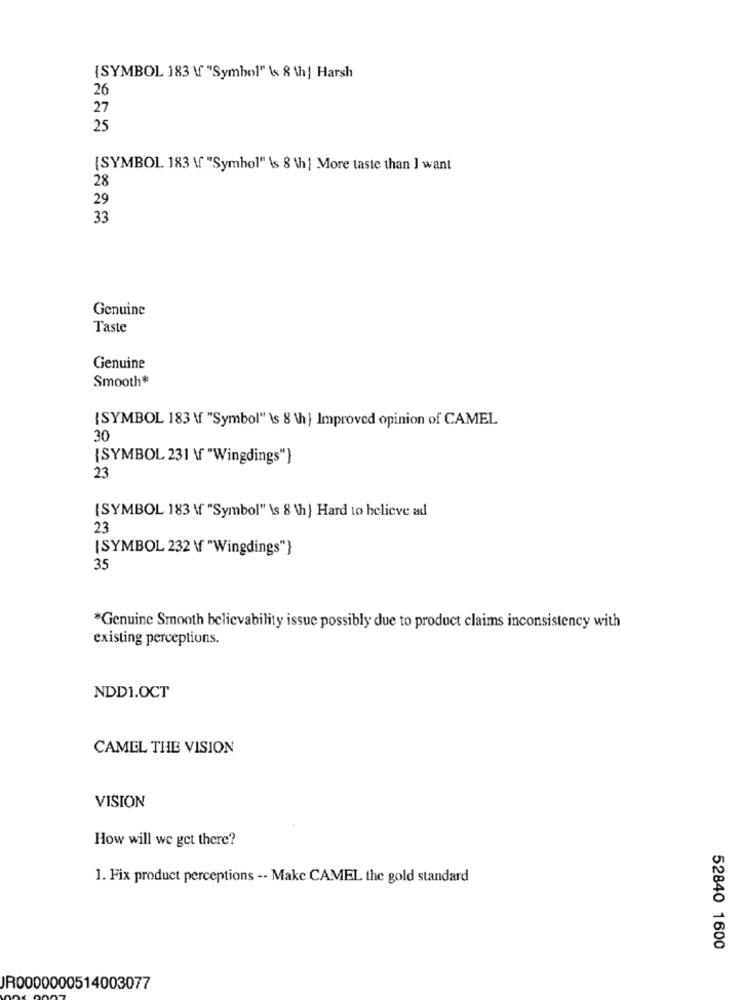
{SYMBOL 183 \f "Symbol" \s 8 th| Harsh
26
27
25
[SYMBOL 183 \ "Symbol" \s 8 \h ] More taste than ] want
28
29
33
Genuine
Taste
Genuine
Smooth*
{SYMBOL 183 \f "Symbol" \s 8 \h } Improved opinion of CAMEL
30
{SYMBOL 231 \ "Wingdings"}
23
{SYMBOL 183 \ "Symbol" \s 8 \h ] Hard to believe ad
23
[SYMBOL 232 \ "Wingdings"}
35
*Genuine Smooth believability issue possibly due to product claims inconsistency with
existing perceptions.
NDD1.OCT
CAMEL THE VISION
VISION
How will we get there?
1. Fix product perceptions -- Make CAMEL the gold standard
52840 1600
JR0000000514003077